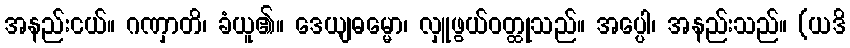
အနည်းငယ်။ ဂဏှာတိ၊ ခံယူ၏။ ဒေယျဓမ္မော၊ လှူဖွယ်ဝတ္ထုသည်။ အပ္ပေါ၊ အနည်းသည်။ (ယဒိ